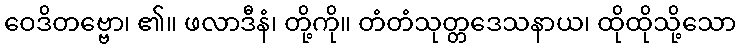
ဝေဒိတဗ္ဗော၊ ၏။ ဖလာဒီနံ၊ တို့ကို။ တံတံသုတ္တဒေသနာယ၊ ထိုထိုသို့သော